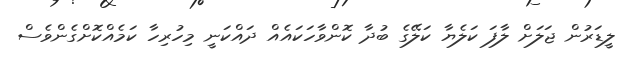
ލީޑަރުން ޖަލަށް ލާފަ ކަލެޔާ ކަލޭގެ ބުދާ ކޮންވާހަކައެއް ދައްކަނީ މިހުރިހާ ކަމެއްކޮށްގެންވެސް